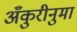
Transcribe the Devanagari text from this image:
अँकुरीनुमा